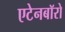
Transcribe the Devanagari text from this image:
एटेनबॉरो